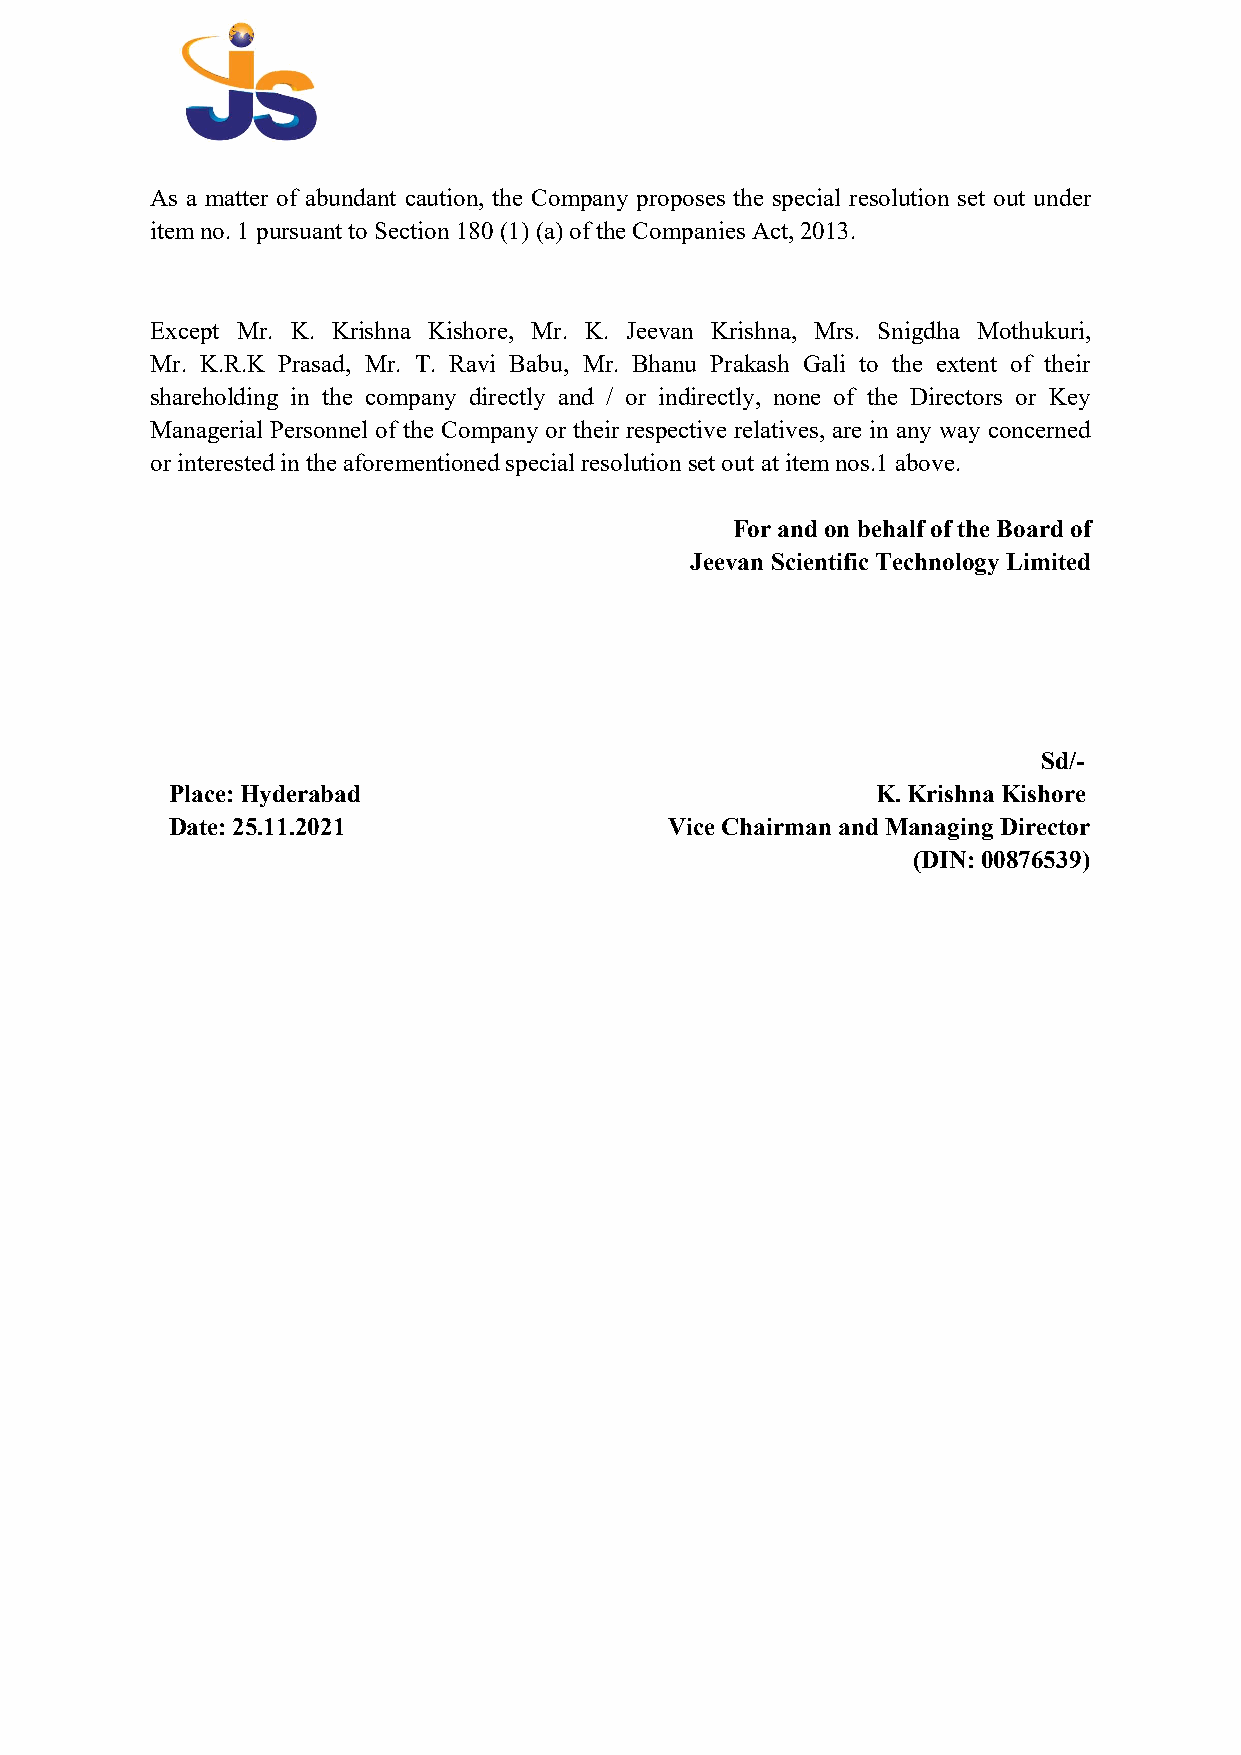
As a matter of abundant caution, the Company proposes the special resolution set out under
 item no. 1 pursuant to Section 180 (1) (a) of the Companies Act, 2013.
 Except Mr. K. Krishna Kishore, Mr. K. Jeevan Krishna, Mrs. Snigdha Mothukuri,
 Mr. K.R.K Prasad, Mr. T. Ravi Babu, Mr. Bhanu Prakash Gali to the extent of their
 shareholding in the company directly and / or indirectly, none of the Directors or Key
 Managerial Personnel of the Company or their respective relatives, are in any way concerned
 or interested in the aforementioned special resolution set out at item nos.1 above.
 For and on behalf of the Board of
 Jeevan Scientific Technology Limited
 Sd/-
 Place: Hyderabad                               K. Krishna Kishore
 Date: 25.11.2021                 Vice Chairman and Managing Director
 (DIN: 00876539)